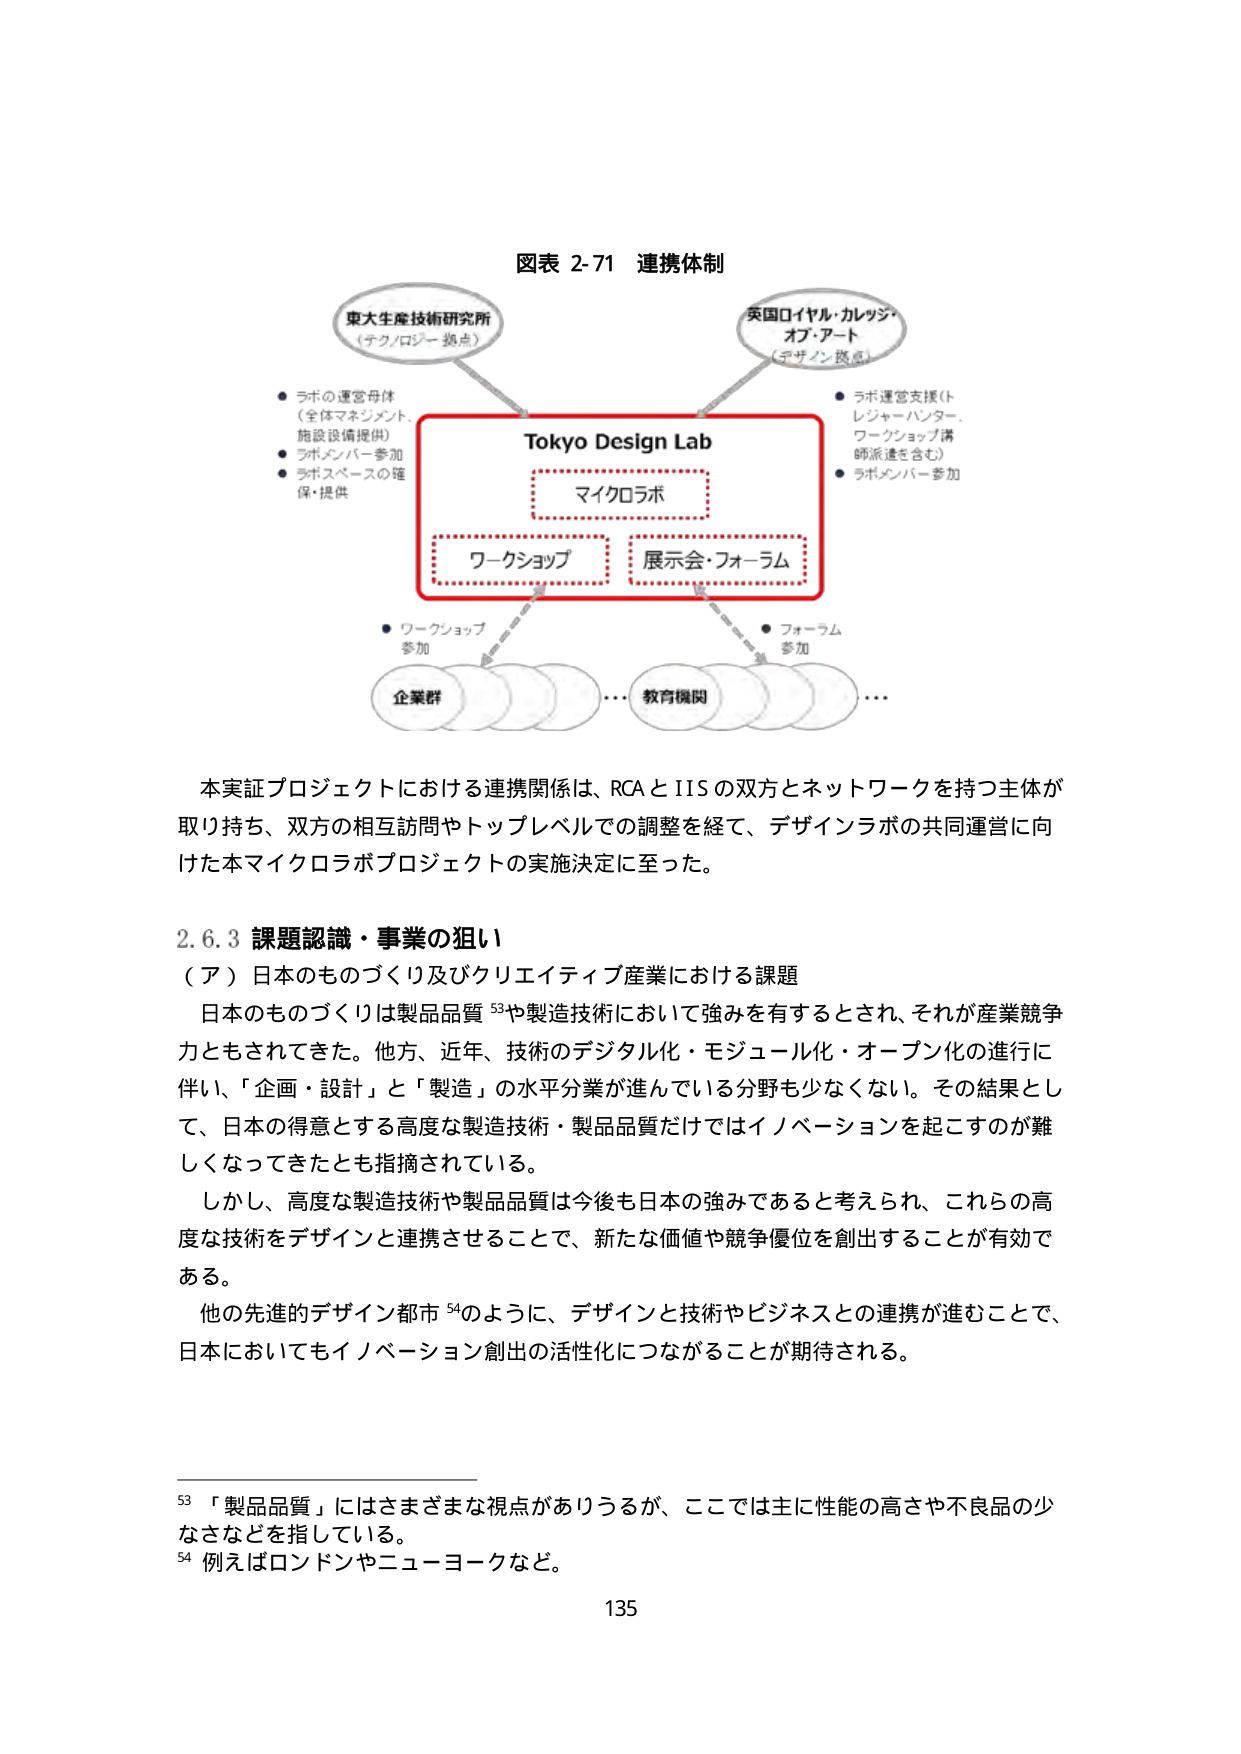
図表 2-71 連携体制

東大生産技術研究所
（テクノロジー拠点）

● ラボの運営母体
（全体マネジメント、
施設設備提供）
● ラボメンバー参加
● ラボスペースの確保・提供

Tokyo Design Lab
マイクロラボ
ワークショップ
展示会・フォーラム

英国ロイヤル・カレッジ・
オブ・アート
（デザイン拠点）

● ラボ運営支援（トレジャーハンター、
ワークショップ講師派遣を含む）
● ラボメンバー参加

● ワークショップ参加
企業群 … 教育機関 …
● フォーラム参加

本実証プロジェクトにおける連携関係は、RCA と IIS の双方とネットワークを持つ主体が
取り持ち、双方の相互訪問やトップレベルでの調整を経て、デザインラボの共同運営に向
けた本マイクロラボプロジェクトの実施決定に至った。

2.6.3 課題認識・事業の狙い
（ア） 日本のものづくり及びクリエイティブ産業における課題
日本のものづくりは製品品質 53や製造技術において強みを有するとされ、それが産業競争
力ともされてきた。他方、近年、技術のデジタル化・モジュール化・オープン化の進行に
伴い、「企画・設計」と「製造」の水平分業が進んでいる分野も少なくない。その結果とし
て、日本の得意とする高度な製造技術・製品品質だけではイノベーションを起こすのが難
しくなってきたとも指摘されている。
しかし、高度な製造技術や製品品質は今後も日本の強みであると考えられ、これらの高
度な技術をデザインと連携させることで、新たな価値や競争優位を創出することが有効で
ある。
他の先進的デザイン都市 54のように、デザインと技術やビジネスとの連携が進むことで、
日本においてもイノベーション創出の活性化につながることが期待される。

53 「製品品質」にはさまざまな視点がありうるが、ここでは主に性能の高さや不良品の少
なさなどを指している。
54 例えばロンドンやニューヨークなど。

135